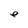
Character: e